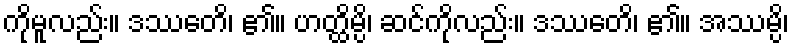
ကိုမူလည်း။ ဒဿေတိ၊ ၏။ ဟတ္ထိမ္ပိ၊ ဆင်ကိုလည်း။ ဒဿေတိ၊ ၏။ အဿမ္ပိ၊